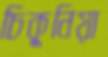
চিকুনিয়া